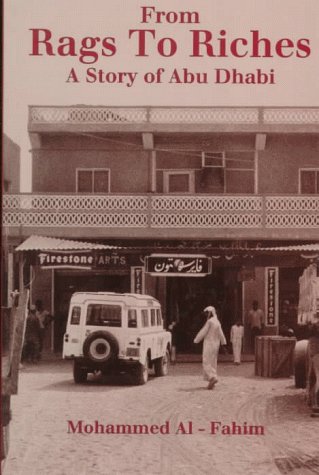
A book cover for From Rags to Riches: A Story of Abu Dhabi (London Centre for Arab Studies); Mohammed Al-Fahim; History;